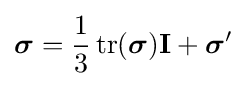
{\boldsymbol {\sigma }}={\frac {1}{3}}\operatorname {tr} ({\boldsymbol {\sigma }})\mathbf {I} +{\boldsymbol {\sigma }}'